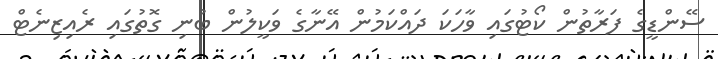
ސޭންޑީގެ ފަރާތުން ކޯޓުގައި ވާހަކަ ދައްކަމުން އޭނާގެ ވަކީލުން ބުނި ގޮތުގައި ރެއިޒިނެޓް